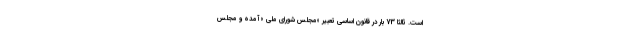
است. ثالثا 73 بار در قانون اساسی تعبیر «مجلس شورای ملی » آمده و مجلس